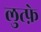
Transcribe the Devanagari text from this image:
लुत्फ़े